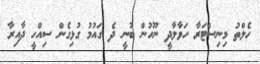
ހެލްތު މިނިސްޓަރާ ހަވާލާދީ ނޫހުން ބުނީ ދެ ގައުމު ގުޅިގެން ސިއްހީ ދާއިރާ